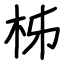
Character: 柹